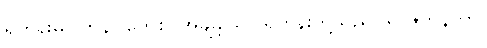
ရဟန်းမပြုကုန်။ ကေစိ၊ အချို့သော ရဟန်းတို့သည်။ ရာဇဘိနိတာ၊